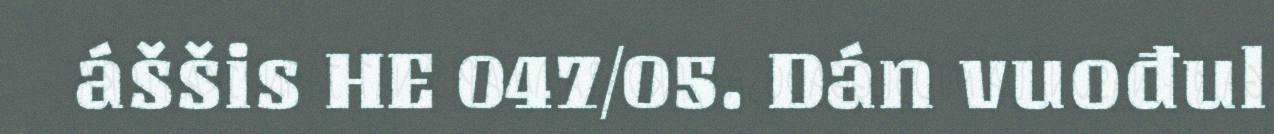
áššis HE 047/05. Dán vuođul